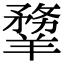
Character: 𦏃